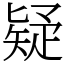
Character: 疑